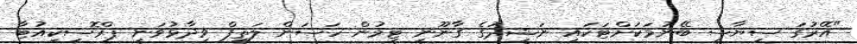
"އޭރުގަ ސިޔާސީ ބޭނުމަކަށްޓަކައި ނަޝީދުގެ ގާނޫނީ ޓީމުން ހަސަން ލަތީފް ވިދާޅުވަނީ ޕްރޮސިކިއުޓާ